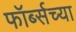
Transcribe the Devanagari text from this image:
फॉर्ब्सच्या